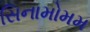
સિનામોમમ